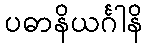
ပဓာနိယင်္ဂါနိ